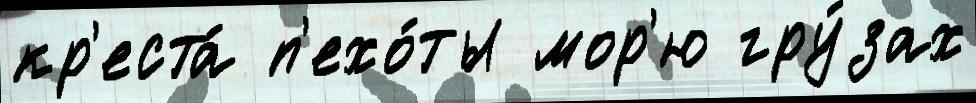
кр'еста́ п'ехо́ты мор'ю гру́зах